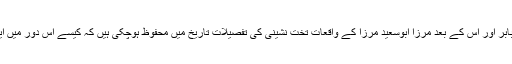
تیموری سلطان مرزا شاہ رخ تیموری کی وفات کے بعد سلطان مرزا ابوالقاسم بابر اور اُس کے بعد مرزا ابوسعید مرزا کے واقعات تخت نشینی کی تفصیلات تاریخ میں محفوظ ہوچکی ہیں کہ کیسے اِس دور میں ایران حرب و ضرب، اِقتدار کی رسہ کشی اور قتل وغارت کا میدان بن چکا تھا۔